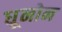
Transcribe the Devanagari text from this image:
धूनोन